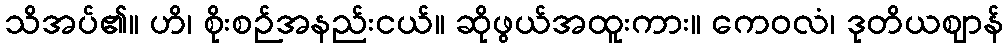
သိအပ်၏။ ဟိ၊ စိုးစဉ်အနည်းငယ်။ ဆိုဖွယ်အထူးကား။ ကေဝလံ၊ ဒုတိယဈာန်